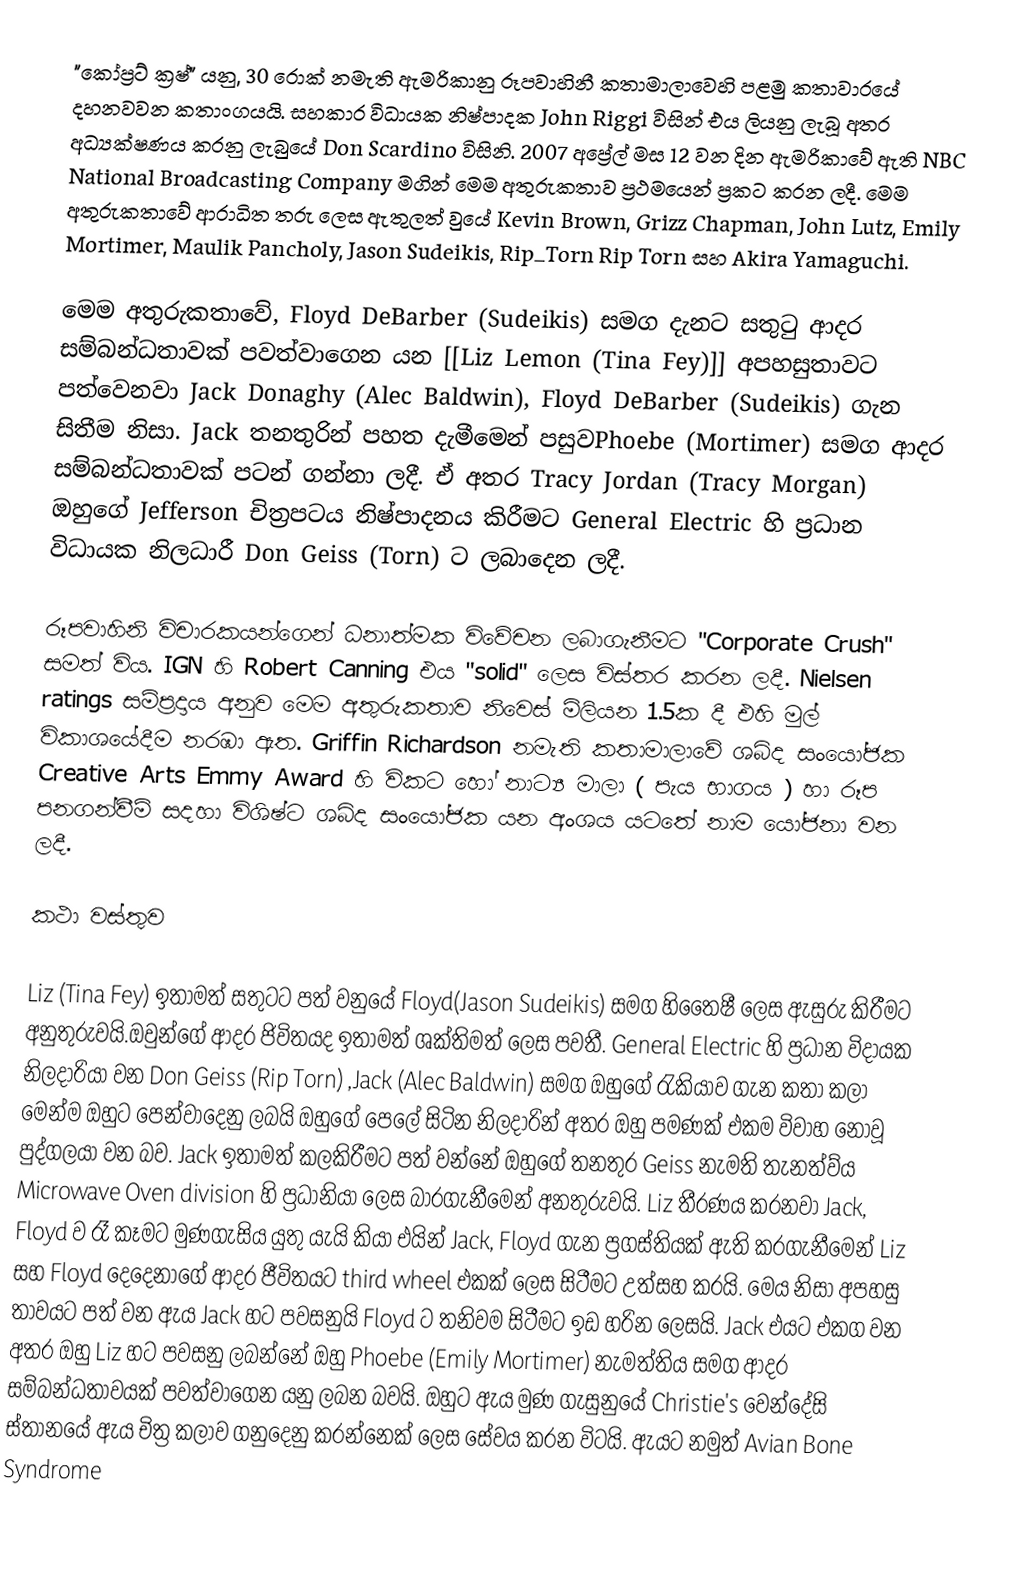
"කෝප්‍රට් ක්‍රෂ්" යනු,  30 රොක් නමැති ඇමරිකානු රූපවාහිනී කතාමාලාවෙහි පළමු කතාවාරයේ දහනවවන කතාංගයයි.    සහකාර විධායක නිෂ්පාදක John Riggi විසින් එය ලියනු ලැබූ අතර අධ්‍යක්ෂණය කරනු ලැබුයේ  Don Scardino  විසිනි. 2007 අප්‍රේල් මස 12 වන දින ඇමරිකාවේ ඇති  NBC National Broadcasting Company මගින්  මෙම අතුරුකතාව ප්‍රථමයෙන් ප්‍රකට කරන ලදී. මෙම අතුරුකතාවේ ආරාධිත තරු ලෙස ඇතුලත් වුයේ Kevin Brown, Grizz Chapman, John Lutz, Emily Mortimer, Maulik Pancholy, Jason Sudeikis, Rip_Torn Rip Torn සහ Akira Yamaguchi.

මෙම අතුරුකතාවේ, Floyd DeBarber (Sudeikis) සමග  දැනට සතුටු ආදර සම්බන්ධතාවක් පවත්වාගෙන යන [[Liz Lemon (Tina Fey)]] අපහසුතාවට පත්වෙනවා Jack Donaghy (Alec Baldwin), Floyd DeBarber (Sudeikis) ගැන සිතීම නිසා. Jack  තනතුරින් පහත දැමීමෙන් පසුවPhoebe (Mortimer)  සමග  ආදර සම්බන්ධතාවක් පටන් ගන්නා ලදී. ඒ අතර Tracy Jordan (Tracy Morgan) ඔහුගේ Jefferson චිත්‍රපටය නිෂ්පාදනය කිරීමට  General Electric හි ප්‍රධාන විධායක නිලධාරී  Don Geiss (Torn) ට ලබාදෙන ලදී.

රූපවාහිනි විචාරකයන්ගෙන් ධනාත්මක විවේචන ලබාගැනීමට  "Corporate Crush" සමත් විය.   IGN හි Robert Canning එය  "solid" ලෙස විස්තර කරන ලදී.   Nielsen ratings සම්ප්‍රදාය අනුව මෙම අතුරුකතාව නිවෙස් මිලියන 1.5ක දී එහි මුල් විකාශයේදීම නරඹා ඇත.  Griffin Richardson නමැති කතාමාලාවේ ශබ්ද සංයෝජක  Creative Arts Emmy Award හි විකට හෝ නාට්‍ය මාලා ( පැය භාගය ) හා රූප පනගන්වීම් සදහා විශිෂ්ට ශබ්ද සංයෝජක යන අංශය යටතේ නාම යෝජනා වන ලදී.

කථා වස්තුව

Liz (Tina Fey) ඉතාමත් සතුටට පත් වනුයේ Floyd(Jason Sudeikis) සමග හිතෛෂී ලෙස ඇසුරු කිරීමට අනුතුරුවයි.ඔවුන්ගේ ආදර ජිවිතයද ඉතාමත් ශක්තිමත් ලෙස පවතී. General Electric හි ප්‍රධාන විදායක නිලදාරියා වන  Don Geiss (Rip Torn) ,Jack (Alec Baldwin) සමග ඔහුගේ රැකියාව ගැන කතා කලා මෙන්ම ඔහුට පෙන්වාදෙනු ලබයි ඔහුගේ පෙලේ සිටින  නිලදාරින් අතර ඔහු පමණක් එකම විවාහ නොවූ පුද්ගලයා වන බව. Jack ඉතාමත් කලකිරීමට පත් වන්නේ ඔහුගේ තනතුර Geiss නැමති තැනත්ව්ය  Microwave Oven division හි ප්‍රධානියා ලෙස බාරගැනීමෙන් අනතුරුවයි. Liz තීරණය කරනවා Jack, Floyd ව රෑ කෑමට මුණගැසිය යුතු යැයි කියා එයින් Jack, Floyd ගැන ප්‍රගස්තියක් ඇති කරගැනීමෙන් Liz  සහ Floyd  දෙදෙනාගේ ආදර ජීවිතයට third wheel එකක් ලෙස සිටීමට උත්සහ කරයි. මෙය නිසා අපහසු තාවයට පත් වන ඇය Jack හට පවසනුයි Floyd ට තනිවම සිටීමට ඉඩ හරින ලෙසයි. Jack එයට එකග වන අතර ඔහු Liz හට පවසනු ලබන්නේ ඔහු Phoebe (Emily Mortimer) නැමත්තිය සමග ආදර සම්බන්ධතාවයක් පවත්වාගෙන යනු ලබන බවයි. ඔහුට ඇය මුණ ගැසුනුයේ Christie's වෙන්දේසි ස්තානයේ ඇය චිත්‍ර කලාව ගනුදෙනු කරන්නෙක් ලෙස සේවය කරන විටයි. ඇයට නමුත් Avian Bone Syndrome